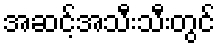
အဆင့်အသီးသီးတွင်